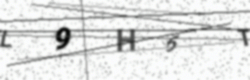
Text: L9H6T